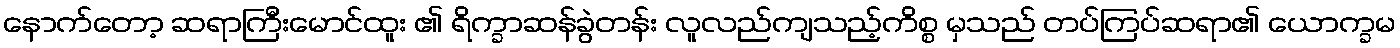
နောက်တော့ ဆရာကြီးမောင်ထူး ၏ ရိက္ခာဆန်ခွဲတန်း လူလည်ကျသည့်ကိစ္စ မှသည် တပ်ကြပ်ဆရာ၏ ယောက္ခမ